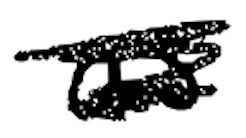
Text: as
Cross-out: mix
Writing tool: digital_black